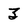
Character: 3